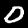
Label: 0